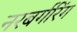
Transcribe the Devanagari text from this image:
नरबर्गरिंग